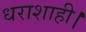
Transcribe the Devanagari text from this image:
धराशाही।